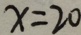
x = 2 0